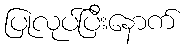
ပြုလုပ်ပြီးနောက်